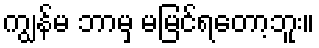
ကျွန်မ ဘာမှ မမြင်ရတော့ဘူး။